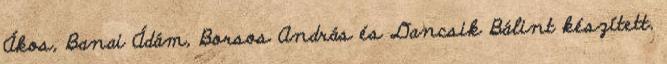
Ákos, Banai Ádám, Borsos András és Dancsik Bálint készített.